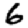
Digit: 6